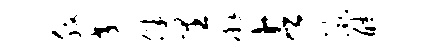
腹交伴里廨占湫酷